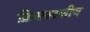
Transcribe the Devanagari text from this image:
क्रिसस्टलीय